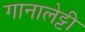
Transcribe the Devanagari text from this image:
गानालेट्टी